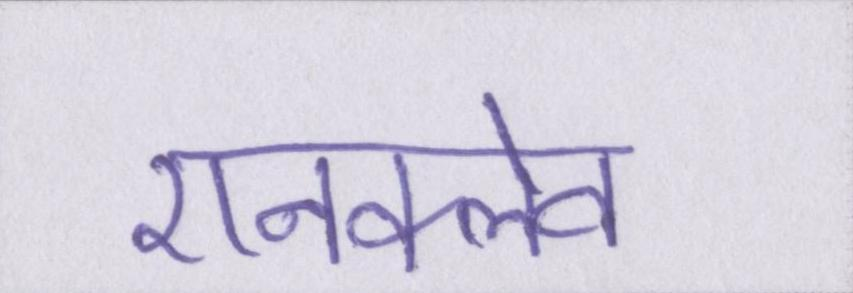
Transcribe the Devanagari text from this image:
एनक्लेव